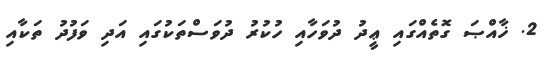
2. ޚާއްޞަ ގޮތެއްގައި ޢީދު ދުވަހާއި ހުކުރު ދުވަސްތަކުގައި އަދި ވަފުދު ތަކާއި